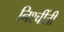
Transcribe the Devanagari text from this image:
निश्चींती